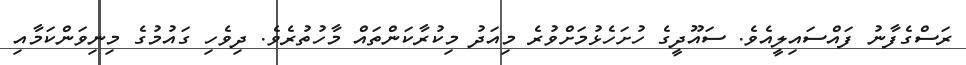
ރަސްގެފާނު ފައްސައިލީއެވެ. ސައޫދީގެ ހުށަހެޅުމަށްވުރެ މިއަދު މިކުރާކަންތައް މާހުތުރެވެ. ދިވެހި ގައުމުގެ މިނިވަންކަމާއި